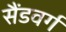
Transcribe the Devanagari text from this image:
सैंडवर्ग